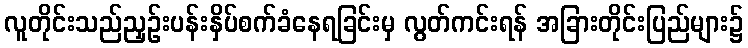
လူတိုင်းသည်ညှဉ်းပန်းနှိပ်စက်ခံနေရခြင်းမှ လွတ်ကင်းရန် အခြားတိုင်းပြည်များ၌